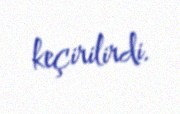
keçirilirdi.